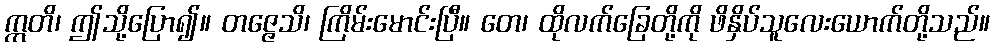
ဣတိ၊ ဤသို့ပြော၍။ တဇ္ဇေသိ၊ ကြိမ်းမောင်းပြီ။ တေ၊ ထိုလက်ခြေတို့ကို ဖိနှိပ်သူလေးယောက်တို့သည်။